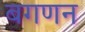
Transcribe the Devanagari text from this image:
बगणन